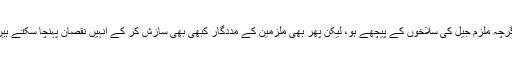
اگرچہ ملزم جیل کی سلاخوں کے پیچھے ہو، لیکن پھر بھی ملزمین کے مددگار کبھی بھی سازش کر کے انہیں نقصان پہنچا سکتے ہیں۔